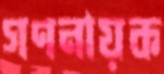
গণনায়ক